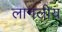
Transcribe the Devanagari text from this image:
लागलीय